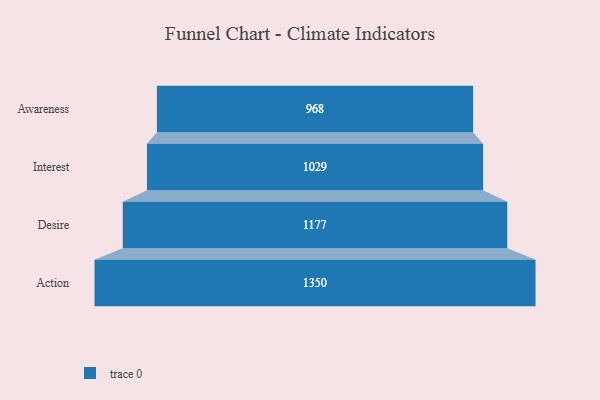
{"axis": {"x": "Stage", "y": "Value"}, "legend": [""], "data": [{"x": "Awareness", "y": 968.0, "type": ""}, {"x": "Interest", "y": 1029.0, "type": ""}, {"x": "Desire", "y": 1177.0, "type": ""}, {"x": "Action", "y": 1350.0, "type": ""}]}